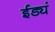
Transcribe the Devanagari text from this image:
ईड्यं